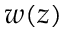
w ( z )